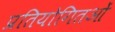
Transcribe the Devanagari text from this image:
प्रतियोगितओं